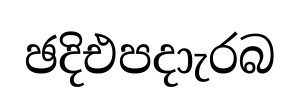
ඡදිඑපදාැරබ